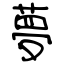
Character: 夢